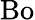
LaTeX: \mathrm{Bo}